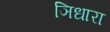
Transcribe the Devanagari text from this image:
ञिधारा